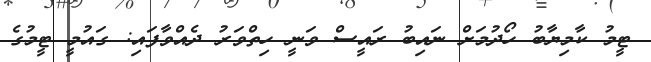
ޓީމު ކާމިޔާބު ހޯދުމަށް ނައިބު ރައީސް ވަނީ ހިތްވަރު ދެއްވާފައި: ގައުމީ ޓީމުގެ